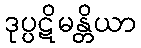
ဒုပ္ပဋိမန္တိယာ